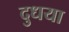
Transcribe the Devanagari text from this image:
दुधया